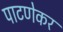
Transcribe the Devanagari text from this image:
पाटणेकर